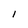
Character: l